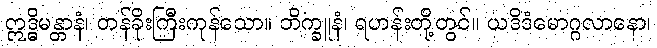
ဣဒ္ဓိမန္တာနံ၊ တန်ခိုးကြီးကုန်သော။ ဘိက္ခူနံ၊ ရဟန်းတို့တွင်။ ယဒိဒံမောဂ္ဂလာနော၊